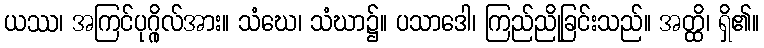
ယဿ၊ အကြင်ပုဂ္ဂိုလ်အား။ သံဃေ၊ သံဃာ၌။ ပသာဒေါ၊ ကြည်ညိုခြင်းသည်။ အတ္ထိ၊ ရှိ၏။